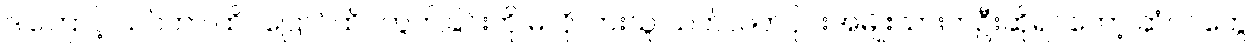
ဒါကြောင့် သင်ဟာ ထိပ်ပြောင်ထိပ်ကွက်ခြင်းကို မလိုလားသူ သက်လတ်ပိုင်းအမျိုးသားတဦးဆိုရင်တော့ ဆံပင်တွေ